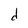
Character: d